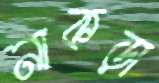
নাকড়া